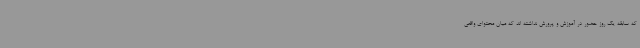
که سابقه یک روز حضور در آموزش و پرورش نداشته اند که میان محتوای واقعی